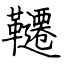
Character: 韆